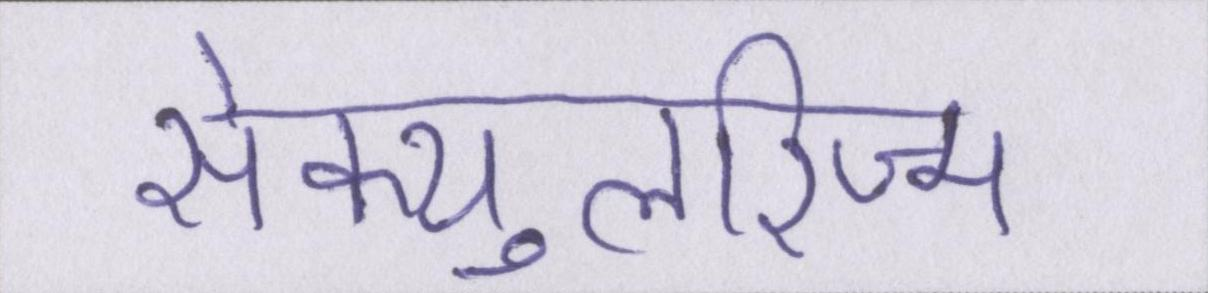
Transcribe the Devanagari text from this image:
सेक्युलरिज्म